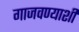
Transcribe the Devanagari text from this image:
गाजवण्याशी